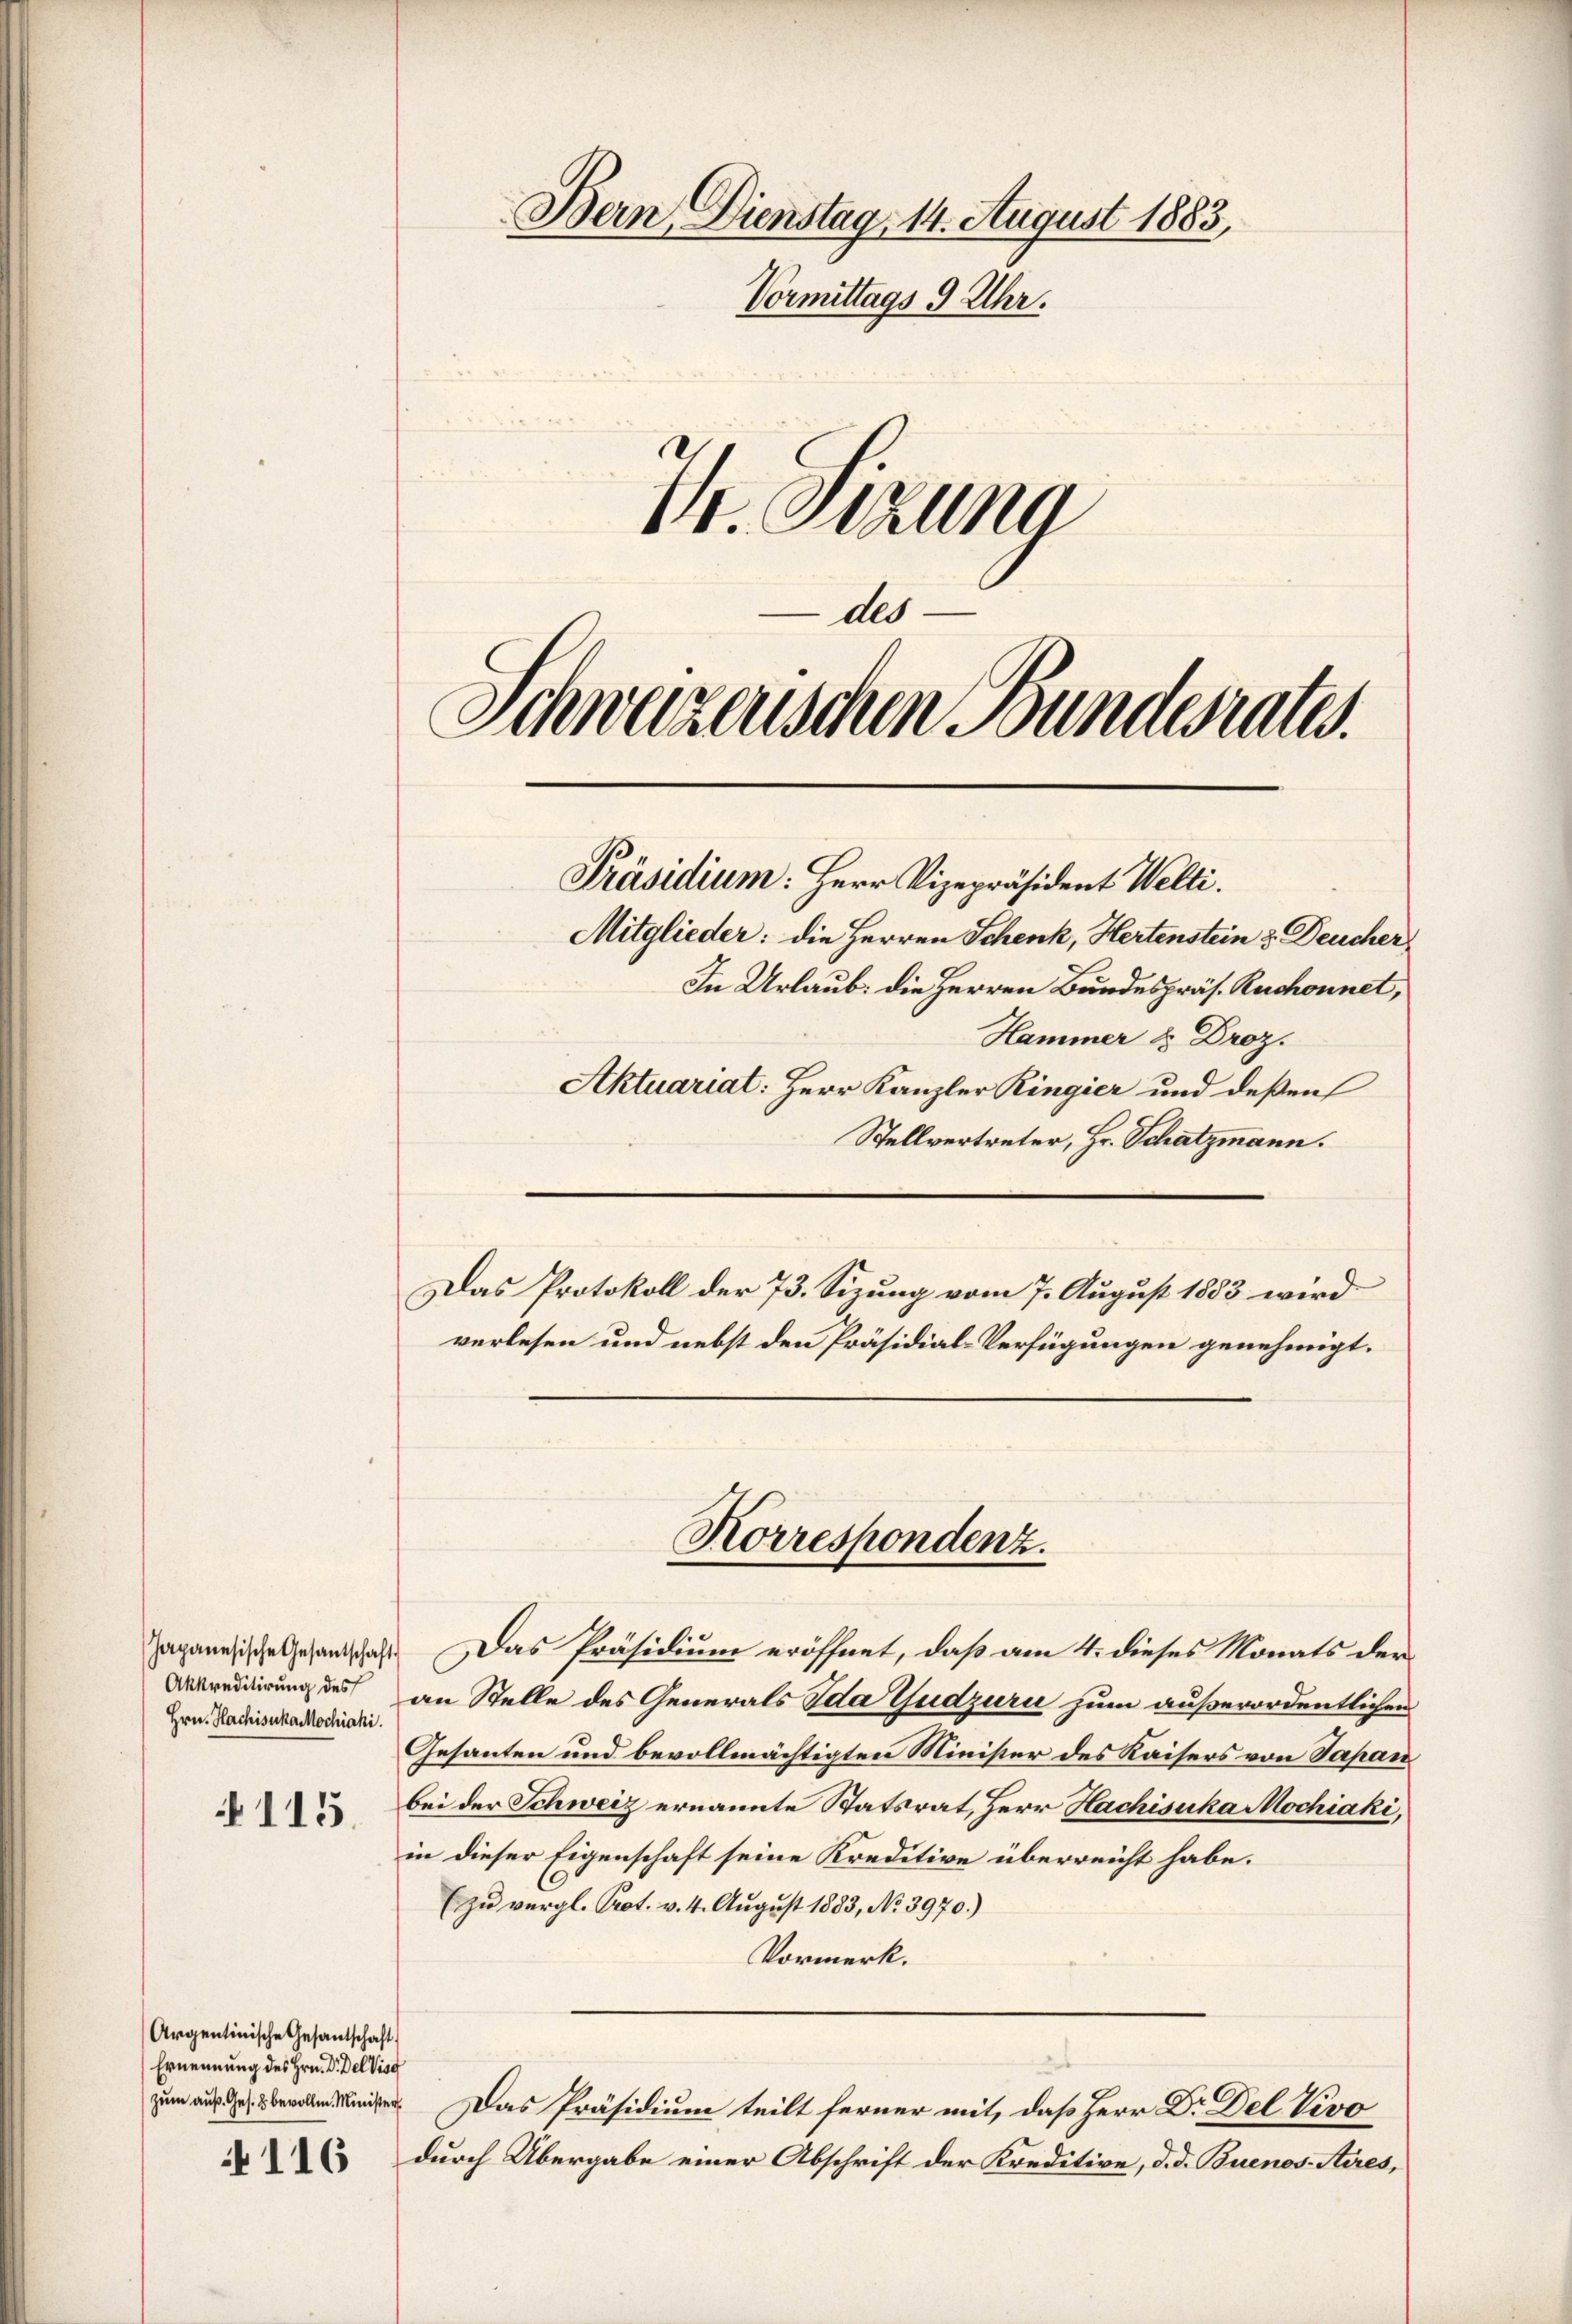
Japanesische Gesandtschaft
Akkreditirung des
Hrn. HachisukaMochiahi.

115.

116

Schweizerischen Bundesrates.
Präsidium: Herr Vizepräsident Welti.
Mitglieder: die Herren Schenk, Hertenstein & Deucher

Argentinische Gesandtschaft
Ernennung des Hrn. Dr. DelVisg
zum auß. Ges. 2 bevolle. Minister

Bern Dienstag. 14. August 1883,
Vormittags 9 Uhr.
I. Sekung

des

In Urlaub. die Herren Bundespräs. Ruchonnet,
Hammer & Droz.
Aktuariat: Herr Kanzler Ringier und deßen
Stellvertreter, Hr. Schatzmann.
Das Protokoll der 73. Sizung vom 7. August 1883 wird
verlesen und nebst den Präsidial-Verfügungen genehmigt.
Das Präsidium eröffnet, daß am 4. dieses Monats der
an Stelle des Generals Ida Gudzuri zum außerordentlichen
Gesanten und bevollmächtigten Minister des Kaisers von Sapan
bei der Schweiz ernannte Statsrat, Herr Hachisuka Mochiaki,
in dieser Eigenschaft seine Kreditive überreicht habe.
(zu vergl. Prot. v. 4. August 1883, No 3970.)
Vormerk.
Das Präsidium teilt ferner mit, daß Herr Dr Del Vivo
durch Übergabe einer Abschrift der Kreditive, d. d. Buenos-Aires,

Korrespondenz.